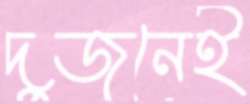
দুজনেই